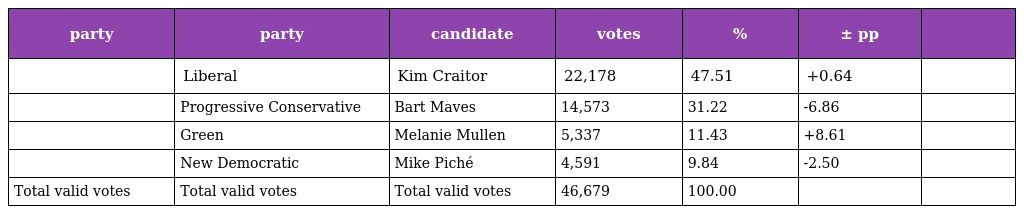
| party | party | candidate | votes | % | ± pp |  |
 | --- | --- | --- | --- | --- | --- | --- |
 |  | Liberal | Kim Craitor | 22,178 | 47.51 | +0.64 |  |
 |  | Progressive Conservative | Bart Maves | 14,573 | 31.22 | -6.86 |  |
 |  | Green | Melanie Mullen | 5,337 | 11.43 | +8.61 |  |
 |  | New Democratic | Mike Piché | 4,591 | 9.84 | -2.50 |  |
 | Total valid votes | Total valid votes | Total valid votes | 46,679 | 100.00 |  |  |